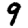
Digit: 9